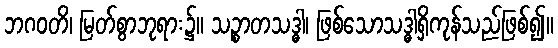
ဘဂဝတိ၊ မြတ်စွာဘုရား၌။ သဉ္စာတသဒ္ဓါ၊ ဖြစ်သောသဒ္ဓါရှိကုန်သည်ဖြစ်၍။